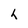
Character: h